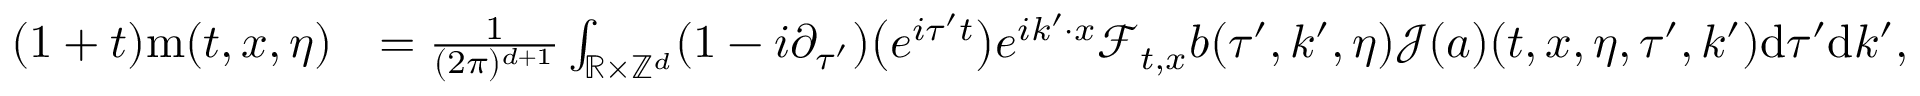
\begin{array} { r l } { ( 1 + t ) \mathrm { m } ( t , x , \eta ) } & { = \frac { 1 } { ( 2 \pi ) ^ { d + 1 } } \int _ { \mathbb R \times \mathbb Z ^ { d } } ( 1 - i \partial _ { \tau ^ { \prime } } ) \big ( e ^ { i \tau ^ { \prime } t } \big ) e ^ { i k ^ { \prime } \cdot x } \mathcal { F } _ { t , x } b ( \tau ^ { \prime } , k ^ { \prime } , \eta ) \mathcal { J } ( a ) ( t , x , \eta , \tau ^ { \prime } , k ^ { \prime } ) \mathrm { d } \tau ^ { \prime } \mathrm { d } k ^ { \prime } , } \end{array}